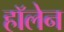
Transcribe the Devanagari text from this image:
हॉलेन